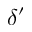
\delta ^ { \prime }